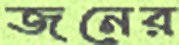
জনের